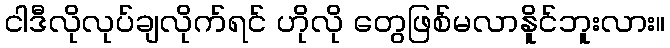
ငါဒီလိုလုပ်ချလိုက်ရင် ဟိုလို တွေဖြစ်မလာနိူင်ဘူးလား။